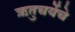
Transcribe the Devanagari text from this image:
ऋतुचर्येचे